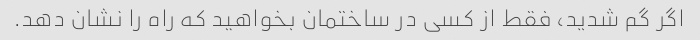
اگر گم شدید، فقط از کسی در ساختمان بخواهید که راه را نشان دهد.